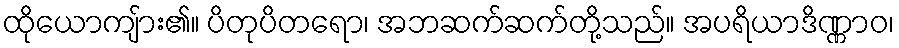
ထိုယောကျ်ား၏။ ပိတုပိတရော၊ အဘဆက်ဆက်တို့သည်။ အပရိယာဒိဏ္ဏာဝ၊